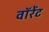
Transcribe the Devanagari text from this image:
वॉरेंट